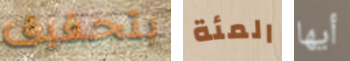
بتحقيق المئة أيها